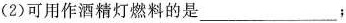
(2)可用作酒精灯燃料的是___；